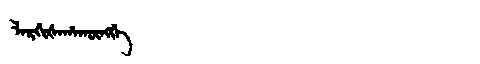
Manchu: ᠯᠠᡵᡤᡳᡧᠠᡥᠠᡴᡡᠩᡤᡝ
Romanization: LARGIŠAHAKŪNGGE